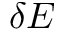
\delta E